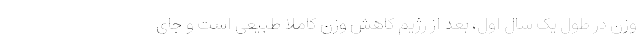
وزن در طول یک سال اول، بعد از رژیم کاهش وزن کاملا طبیعی است و جای